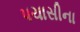
પચાસીના